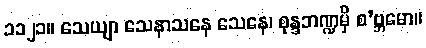
၁၁၂၁။ သေယျာ သေနာသနေ သေနေ၊ စုန္ဒဘဏ္ဍမှိ စ’ဗ္ဘမော။